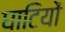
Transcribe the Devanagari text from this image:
घाटियों